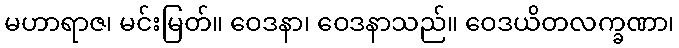
မဟာရာဇ၊ မင်းမြတ်။ ဝေဒနာ၊ ဝေဒနာသည်။ ဝေဒယိတလက္ခဏာ၊